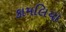
કામલિયા